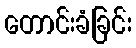
တောင်းခံခြင်း